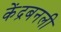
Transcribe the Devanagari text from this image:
केंद्रबनली